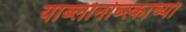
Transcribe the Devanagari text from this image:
याब्लोनोव्स्काच्या